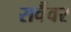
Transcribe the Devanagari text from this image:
सर्वैवर